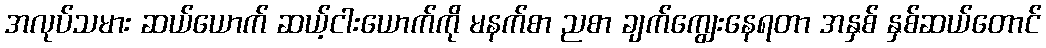
အလုပ်သမား ဆယ်ယောက် ဆယ့်ငါးယောက်ကို မနက်စာ ညစာ ချက်ကျွေးနေရတာ အနှစ် နှစ်ဆယ်တောင်